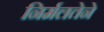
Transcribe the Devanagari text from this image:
निर्मलतेने